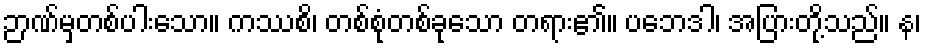
ဉာဏ်မှတစ်ပါးသော။ ကဿစိ၊ တစ်စုံတစ်ခုသော တရား၏။ ပဘေဒါ၊ အပြားတို့သည်။ န၊